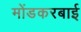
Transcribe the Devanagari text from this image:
मोंडकरबाई